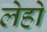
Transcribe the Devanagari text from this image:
लेहो